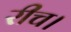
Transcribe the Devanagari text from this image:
रीच।